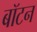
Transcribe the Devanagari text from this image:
बॉटन